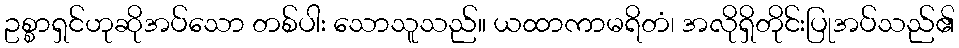
ဥစ္စာရှင်ဟုဆိုအပ်သော တစ်ပါး သောသူသည်။ ယထာကာမရိတံ၊ အလိုရှိတိုင်းပြုအပ်သည်၏